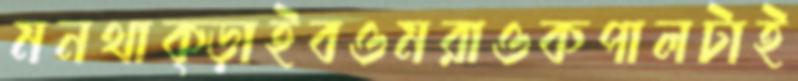
মনথাক্‌ড়াইবওমরাওকপালটাই